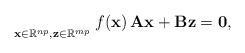
LaTeX: \begin{align*}\underset{\mathbf{x} \in \mathbb{R}^{np},\mathbf{z}\in \mathbb{R}^{mp}}{} \,\, f(\mathbf{x}) \, \mathbf{Ax} + \mathbf{Bz} = \mathbf{0}, \end{align*}